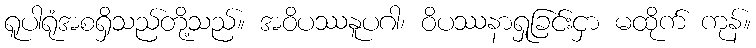
ရူပါရုံအစရှိသည်တို့သည်။ အဝိပဿနူပဂါ၊ ဝိပဿနာရှုခြင်းငှာ မထိုက် ကုန်။